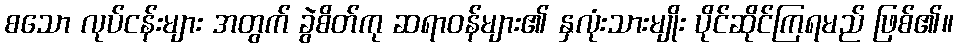
စသော လုပ်ငန်းများ အတွက် ခွဲစိတ်ကု ဆရာဝန်များ၏ နှလုံးသားမျိုး ပိုင်ဆိုင်ကြရမည် ဖြစ်၏။